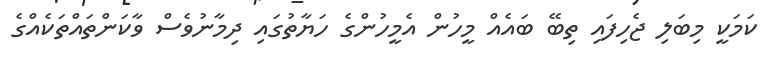
ކަމަކީ މިބަލި ޖެހިފައި ތިބޭ ބައެއް މީހުން އެމީހުންގެ ހަޔާތުގައި ދިމާނުވެސް ވާކަންތައްތަކެއްގެ